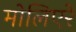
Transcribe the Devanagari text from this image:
मोलिएरे